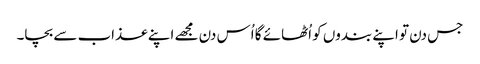
جس دن تو اپنے بندوں کو اُٹھائے گا اُس دن مجھے اپنے عذاب سے بچا۔